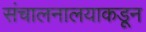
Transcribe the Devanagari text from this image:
संचालनालयाकडून